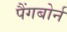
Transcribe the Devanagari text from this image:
पैंगबोर्न